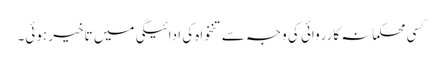
کسی محکمانہ کارروائی کی وجہ سے تنخواہ کی ادائیگی میں تاخیر ہوئی۔